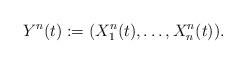
LaTeX: \begin{align*}Y^n(t):=(X^{n}_1(t),\dots,X^n_n(t)).\end{align*}